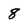
Character: 8